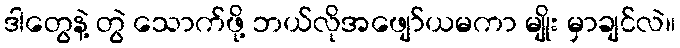
ဒါတွေနဲ့ တွဲ သောက်ဖို့ ဘယ်လိုအဖျော်ယမကာ မျိုး မှာချင်လဲ။